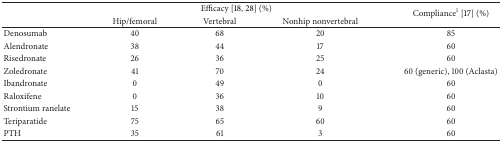
|  | <COLSPAN=3> Efficacy [18, 28] (%) | <ROWSPAN=2> Compliance1 [17] (%) |
 |  | Hip/femoral | Vertebral | Nonhip nonvertebral |
 | --- | --- | --- | --- | --- |
 | Denosumab | 40 | 68 | 20 | 85 |
 | Alendronate | 38 | 44 | 17 | 60 |
 | Risedronate | 26 | 36 | 25 | 60 |
 | Zoledronate | 41 | 70 | 24 | 60 (generic), 100 (Aclasta) |
 | Ibandronate | 0 | 49 | 0 | 60 |
 | Raloxifene | 0 | 36 | 10 | 60 |
 | Strontium ranelate | 15 | 38 | 9 | 60 |
 | Teriparatide | 75 | 65 | 60 | 60 |
 | PTH | 35 | 61 | 3 | 60 |